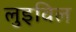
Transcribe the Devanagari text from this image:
लुइविल